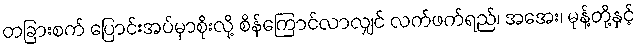
တခြားစက် ပြောင်းအပ်မှာစိုးလို့ စိန်ကြောင်လာလျှင် လက်ဖက်ရည်၊ အအေး၊ မုန့်တို့နှင့်